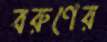
বরুণের